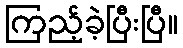
ကြည့်ခဲ့ပြီးပြီ။